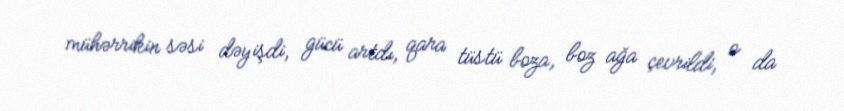
mühərrikin səsi dəyişdi, gücü artdı, qara tüstü boza, boz ağa çevrildi, o da